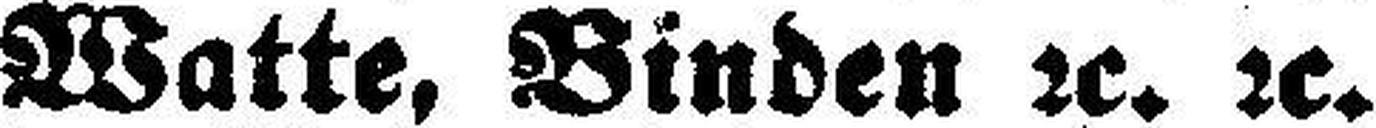
Watte, Binden 2c. 2c.